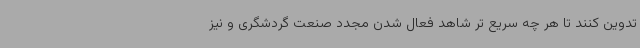
تدوین کنند تا هر چه سریع تر شاهد فعال شدن مجدد صنعت گردشگری و نیز